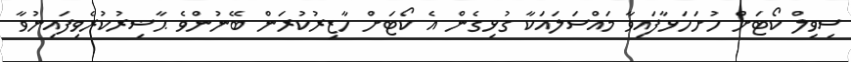
ސިވިލް ކޯޓަށް ހުށަހަޅާފައިވާ މައްސަލައަކާ ގުޅިގެން އެ ކޯޓަށް ހާޒިރުކުރަން ބޭނުންވެ ޙާޟިރުކުރެވިފައިނުވާ